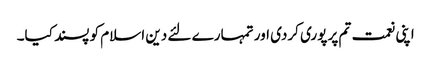
اپنی نعمت تم پر پوری کردی اور تمہارے لئے دین اسلام کو پسند کیا۔